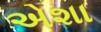
એશા